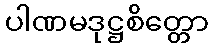
ပါဏမဒုဋ္ဌစိတ္တော